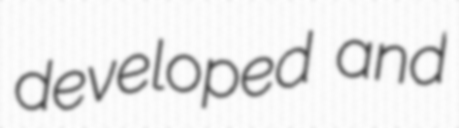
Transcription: developed and